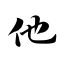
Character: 他